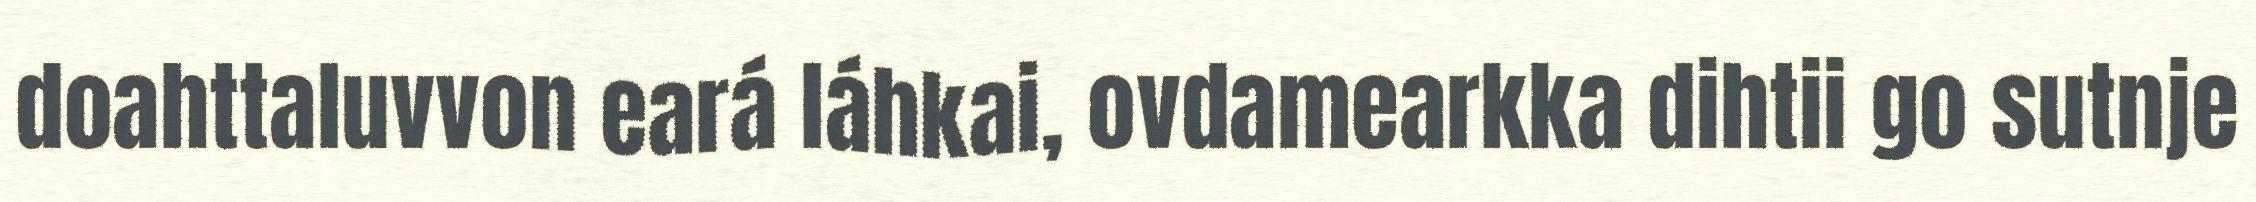
doahttaluvvon eará láhkai, ovdamearkka dihtii go sutnje